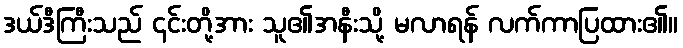
ဒယ်ဒီကြီးသည် ၎င်းတို့အား သူ၏အနီးသို့ မလာရန် လက်ကာပြထား၏။